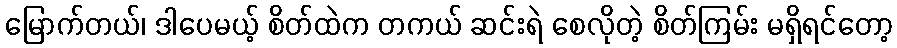
မြောက်တယ်၊ ဒါပေမယ့် စိတ်ထဲက တကယ် ဆင်းရဲ စေလိုတဲ့ စိတ်ကြမ်း မရှိရင်တော့